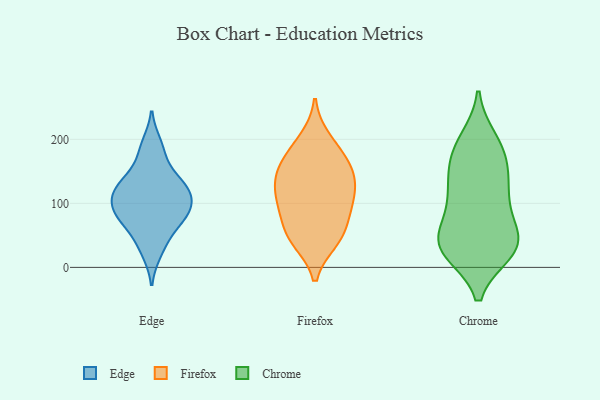
{"axis": {"x": "Backlog", "y": "Value"}, "legend": ["Chrome", "Edge", "Firefox"], "data": [{"x": "", "y": 43, "type": "Edge"}, {"x": "", "y": 75, "type": "Edge"}, {"x": "", "y": 193, "type": "Edge"}, {"x": "", "y": 72, "type": "Edge"}, {"x": "", "y": 140, "type": "Edge"}, {"x": "", "y": 176, "type": "Edge"}, {"x": "", "y": 103, "type": "Edge"}, {"x": "", "y": 123, "type": "Edge"}, {"x": "", "y": 112, "type": "Edge"}, {"x": "", "y": 86, "type": "Edge"}, {"x": "", "y": 80, "type": "Edge"}, {"x": "", "y": 134, "type": "Edge"}, {"x": "", "y": 124, "type": "Edge"}, {"x": "", "y": 100, "type": "Edge"}, {"x": "", "y": 23, "type": "Edge"}, {"x": "", "y": 161, "type": "Firefox"}, {"x": "", "y": 200, "type": "Firefox"}, {"x": "", "y": 132, "type": "Firefox"}, {"x": "", "y": 148, "type": "Firefox"}, {"x": "", "y": 137, "type": "Firefox"}, {"x": "", "y": 42, "type": "Firefox"}, {"x": "", "y": 114, "type": "Firefox"}, {"x": "", "y": 95, "type": "Firefox"}, {"x": "", "y": 43, "type": "Firefox"}, {"x": "", "y": 97, "type": "Firefox"}, {"x": "", "y": 101, "type": "Firefox"}, {"x": "", "y": 160, "type": "Firefox"}, {"x": "", "y": 185, "type": "Firefox"}, {"x": "", "y": 51, "type": "Firefox"}, {"x": "", "y": 62, "type": "Firefox"}, {"x": "", "y": 193, "type": "Chrome"}, {"x": "", "y": 137, "type": "Chrome"}, {"x": "", "y": 173, "type": "Chrome"}, {"x": "", "y": 177, "type": "Chrome"}, {"x": "", "y": 43, "type": "Chrome"}, {"x": "", "y": 122, "type": "Chrome"}, {"x": "", "y": 199, "type": "Chrome"}, {"x": "", "y": 32, "type": "Chrome"}, {"x": "", "y": 35, "type": "Chrome"}, {"x": "", "y": 25, "type": "Chrome"}, {"x": "", "y": 109, "type": "Chrome"}, {"x": "", "y": 24, "type": "Chrome"}, {"x": "", "y": 51, "type": "Chrome"}, {"x": "", "y": 105, "type": "Chrome"}, {"x": "", "y": 46, "type": "Chrome"}, {"x": "", "y": 150, "type": "Chrome"}, {"x": "", "y": 25, "type": "Chrome"}, {"x": "", "y": 79, "type": "Chrome"}]}